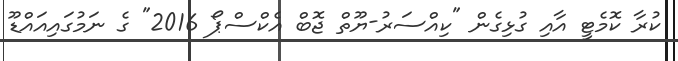
ކުރާ ކޮމެޓީ އާއި ގުޅިގެން "ކިއްސަރު-ޔޫތް ޖޮބް އެކްސްޕޯ 2016" ގެ ނަމުގައިއައްޑޫ